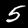
Digit: 5